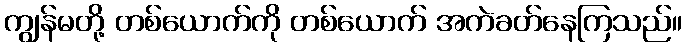
ကျွန်မတို့ တစ်ယောက်ကို တစ်ယောက် အကဲခတ်နေကြသည်။